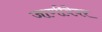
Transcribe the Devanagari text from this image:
जाणीवेवर